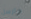
مارسل